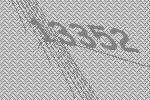
13352